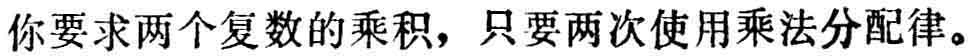
你要求两个复数的乘积，只要两次使用乘法分配律。